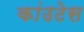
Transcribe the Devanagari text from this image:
कांउटेस